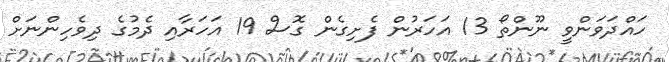
ހައްދަވަންވީ ނޫންތޯ 13 އަހަރުން ފެށިގެން ގޮސް 19 އަހަރާއި ދެމުގެ ދިވެހިންނަށް